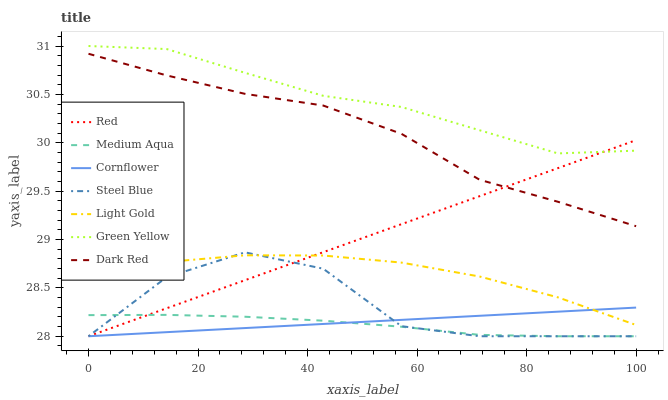
| xaxis_label | Red | Medium Aqua | Cornflower | Steel Blue | Light Gold | Green Yellow | Dark Red |
 | --- | --- | --- | --- | --- | --- | --- | --- |
 | 0 | 28 | 28.2 | 28 | 28 | 28.6 | 31 | 30.9 |
 | 14.3 | 28.3 | 28.2 | 28 | 28.6 | 28.8 | 31 | 30.7 |
 | 28.6 | 28.6 | 28.2 | 28.1 | 28.9 | 28.8 | 30.7 | 30.5 |
 | 42.9 | 28.9 | 28.2 | 28.1 | 28.7 | 28.8 | 30.5 | 30.4 |
 | 57.1 | 29.2 | 28.1 | 28.2 | 28.1 | 28.8 | 30.4 | 30.1 |
 | 71.4 | 29.4 | 28 | 28.2 | 28 | 28.6 | 30.1 | 29.6 |
 | 85.7 | 29.7 | 28 | 28.3 | 28 | 28.4 | 29.9 | 29.4 |
 | 100 | 30 | 28 | 28.3 | 28 | 28.1 | 29.9 | 29.1 |